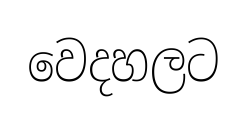
වෙදහලට